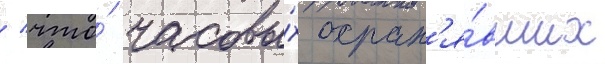
/ что́ часовы́х охран'я́вших